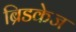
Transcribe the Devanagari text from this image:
ब्रिडकेज